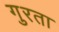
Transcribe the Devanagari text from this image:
गुरता